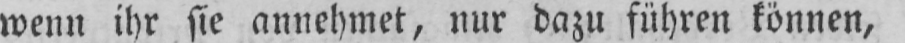
wenn ihr sie annehmet, nur dazu führen können,